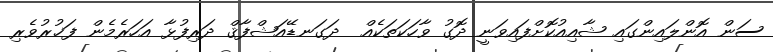
ސަން އޮންލައިންގައި ޝާއިއުކޮށްފައިވަނީ ދޮގު ވާހަކަތަކެއް  ދަގަނޑޭއަޝްފާޤް ދަރިފުޅާ އަހަރެމެން ފަޚުރުވެރި